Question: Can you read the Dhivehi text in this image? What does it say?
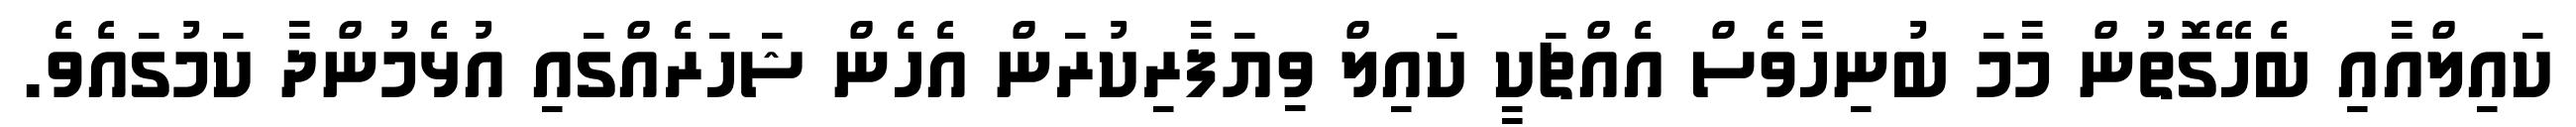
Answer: ކައިލްއާއި ބެހޭގޮތުން މާމަ ބުނިހާވެސް އެއްޗަކީ ކައިލް ވިޔަފާރިކުރަން އެހެން ޝަހަރެއްގައި އުޅެމުންދާ ކަމުގައެވެ.